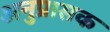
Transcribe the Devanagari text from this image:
अनुप्रासक